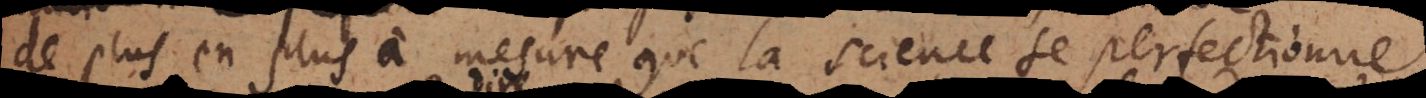
plus en plus à mesure que la science se perfectionne.